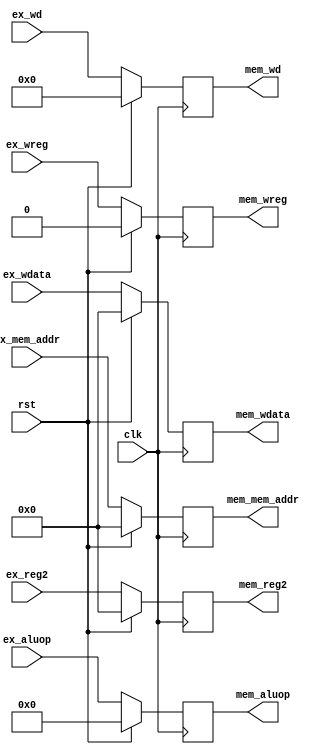
`timescale 1ns / 1ps
//////////////////////////////////////////////////////////////////////////////////
// Company: NCUT
// Description: 
//////////////////////////////////////////////////////////////////////////////////

module ex_mem(
    input clk,
    input rst,
    input [4:0] ex_wd,//
    input ex_wreg,//
    input [31:0] ex_wdata,//
    input [7:0] ex_aluop,//
    input [31:0] ex_mem_addr,//
    input [31:0] ex_reg2,//
    output reg[4:0] mem_wd,//
    output reg mem_wreg,//
    output reg[31:0] mem_wdata,//
    output reg[7:0] mem_aluop,//
    output reg[31:0] mem_mem_addr,//
    output reg[31:0] mem_reg2//
    );
    always @(posedge clk)begin
        if(rst==1'b1)begin
            mem_wd<=5'b00000;
            mem_wreg<=1'b0;
            mem_wdata<=32'h00000000;
            mem_aluop<=8'b00000000;
            mem_mem_addr<=32'h00000000;
            mem_reg2<=32'h00000000;
        end else begin
            mem_wd<=ex_wd;
            mem_wreg<=ex_wreg;
            mem_wdata<=ex_wdata;
            mem_aluop<=ex_aluop;
            mem_mem_addr<=ex_mem_addr;
            mem_reg2<=ex_reg2;
        end
    end
endmodule